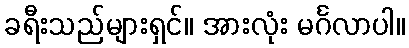
ခရီးသည်များရှင်။ အားလုံး မင်္ဂလာပါ။